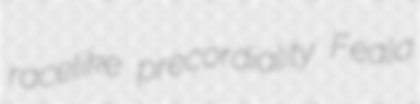
racelike precordiality Feala